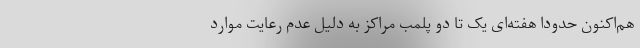
هم‌اکنون حدودا هفته‌ای یک تا دو پلمب مراکز به دلیل عدم رعایت موارد